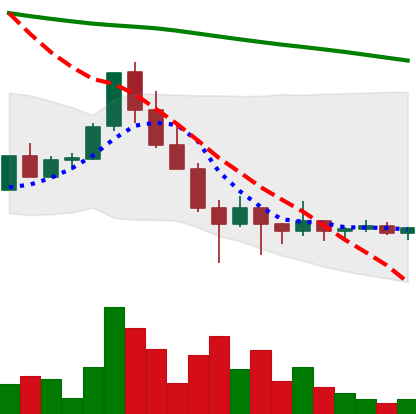
Ticker: ADA-USD
Chart end date: 2022-01-31
Forward return: 7.131%
Label: up_7plus